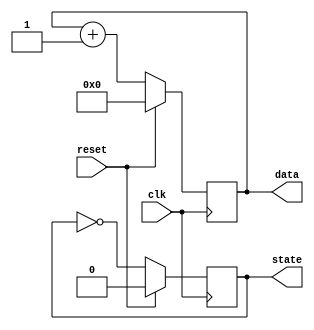
module reset_condition_example (
    input wire clk,          // Clock signal
    input wire reset,        // Reset signal (active high)
    output reg [7:0] data,   // Example output register
    output reg state         // Example state register
);

// Initial values for the registers
initial begin
    data = 8'b0;            // Initialize data to 0
    state = 1'b0;           // Initialize state to 0
end

// Synchronous reset logic
always @(posedge clk) begin
    if (reset) begin
        // Reset condition: initialize internal state and outputs
        data <= 8'b0;       // Reset data to 0
        state <= 1'b0;      // Reset state to 0
    end else begin
        // Normal operational logic (example)
        // Update data and state based on some conditions
        // (This part should be replaced with actual logic)
        data <= data + 1;   // Example operation: increment data
        state <= ~state;     // Example operation: toggle state
    end
end

endmodule